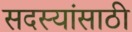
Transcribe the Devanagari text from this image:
सदस्यांसाठी